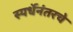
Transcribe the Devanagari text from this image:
स्पर्धेनंतरचे